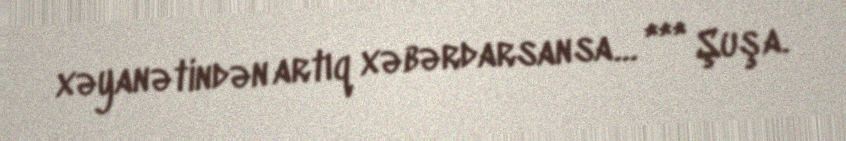
xəyanətindən artıq xəbərdarsansa… *** Şuşa.